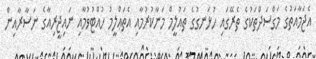
އެޖަމާއަތުގެ މަގްސަދްތަކުގެ ތެރޭގައި ހުޅަނގުގެ ތައުލީމް މަނާކުރުމާއި އެތަޢްލީމު ހުއްޓުވުމާއި ނައިޖީރިއާގެ ނަސާރާއިން